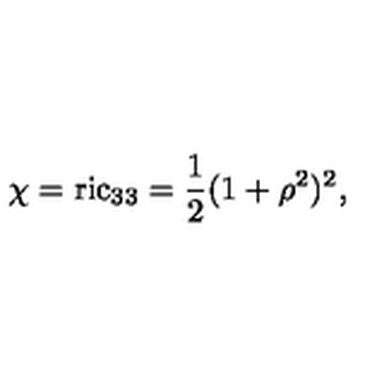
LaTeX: \chi = \mathrm { r i c } _ { 3 3 } = \frac 1 2 ( 1 + \rho ^ { 2 } ) ^ { 2 } ,